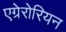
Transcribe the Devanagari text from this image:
एग्रेरोरियन